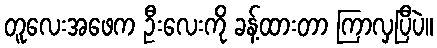
တူလေးအဖေက ဦးလေးကို ခန့်ထားတာ ကြာလှပြီပဲ။